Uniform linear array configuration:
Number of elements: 48
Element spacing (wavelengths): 1
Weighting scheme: exponential
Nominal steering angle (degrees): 30
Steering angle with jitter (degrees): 28.813
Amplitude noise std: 0.05
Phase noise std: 0.05

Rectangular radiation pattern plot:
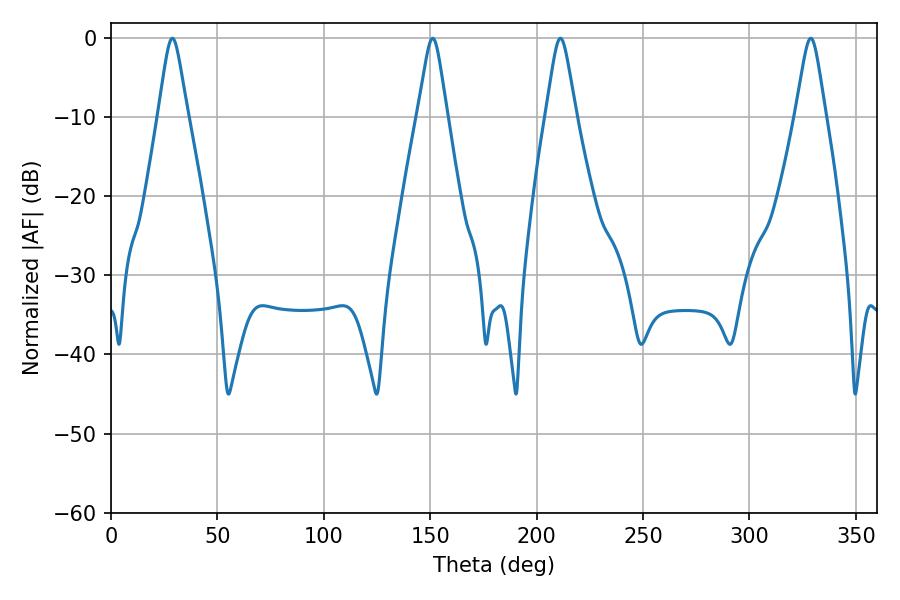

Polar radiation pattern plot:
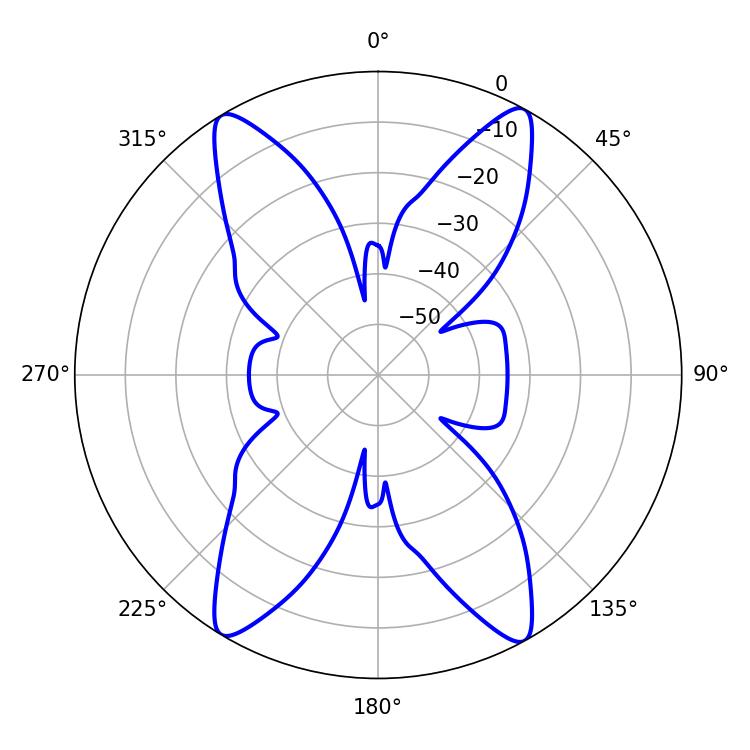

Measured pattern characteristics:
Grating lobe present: TRUE
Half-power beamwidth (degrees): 6.66
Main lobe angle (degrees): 28.8